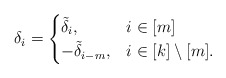
\begin{align*}\delta_i = \begin{cases} \tilde{\delta}_i, & i \in [m] \\-\tilde{\delta}_{i-m}, & i \in [k]\setminus [m]. \end{cases}\end{align*}